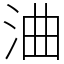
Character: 浀